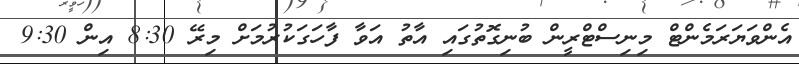
އެންވަޔަރަމެންޓް މިނިސްޓްރީން ބުނިގޮތުގައި އާތު އަވާ ފާހަގަކުރުމަށް މިރޭ 8:30 އިން 9:30